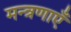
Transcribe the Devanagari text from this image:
मन्त्रणाएँ